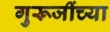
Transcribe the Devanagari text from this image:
गुरूजींच्या